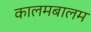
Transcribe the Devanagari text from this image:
कालमबालम